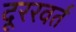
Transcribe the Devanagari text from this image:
दूररवर्त